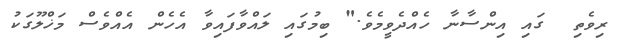
ރިވެތި  ގައި އިންސާނާ ހެއްދެވީމެވެ." ބިމުގައި ލައްވާފައިވާ އެހެން އެއްވެސް މަޚްލޫގަކު